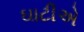
ઘાટીએ